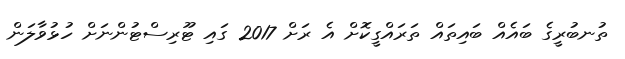
ތުނބުރީގެ ބައެއް ބައިތައް ތަރައްގީކޮށް އެ ރަށް 2017 ގައި ޓޫރިސްޓުންނަށް ހުޅުވާލަން